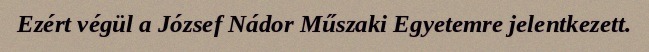
Ezért végül a József Nádor Műszaki Egyetemre jelentkezett.